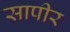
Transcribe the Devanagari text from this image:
सापीर